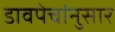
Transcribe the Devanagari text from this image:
डावपेचांनुसार